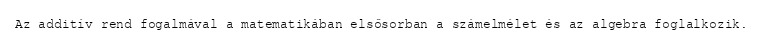
Az additív rend fogalmával a matematikában elsősorban a számelmélet és az algebra foglalkozik.